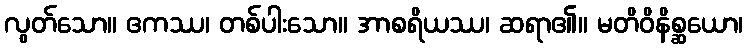
လွတ်သော။ ဧကဿ၊ တစ်ပါးသော။ အာစရိယဿ၊ ဆရာ၏။ မတိဝိနိစ္ဆယော၊